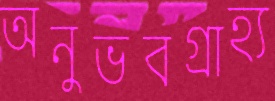
অনুভবগ্রাহ্য